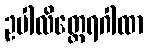
ဥပါလိတ္ထေရဂါထာ